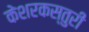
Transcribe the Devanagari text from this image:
केशरकस्तुरी